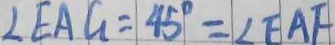
\angle E A G = 4 5 ^ { \circ } = \angle E A F